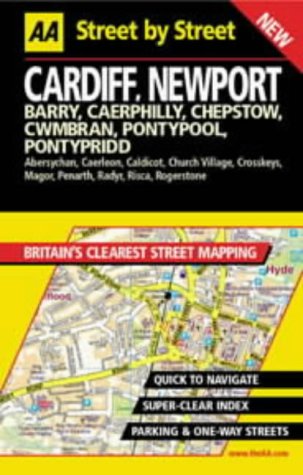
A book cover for Cardiff Newport: Barry, Caerphilly, Chepstow, Cwmbran, Pontypool, Pontypridd (AA Street by Street); Travel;